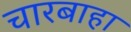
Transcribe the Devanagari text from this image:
चारबाहा